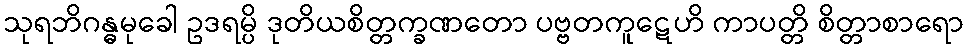
သုရဘိဂန္ဓမုခေါ ဥဒရမ္ပိ ဒုတိယစိတ္တက္ခဏတော ပဗ္ဗတကူဋေဟိ ကာပတ္တိ စိတ္တာစာရော